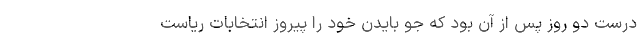
درست دو روز پس از آن بود که جو بایدن خود را پیروز انتخابات ریاست